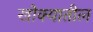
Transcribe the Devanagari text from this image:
खोक्यातील